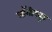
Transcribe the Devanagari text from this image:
लॉगीट्यूड